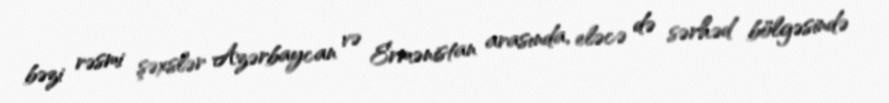
bəzi rəsmi şəxslər Azərbaycan və Ermənistan arasında, eləcə də sərhəd bölgəsində